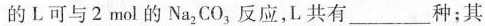
的L可与2mol的Na2CO3反应，L共有___种；其